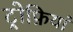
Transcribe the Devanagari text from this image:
ट्रोफ़ियां